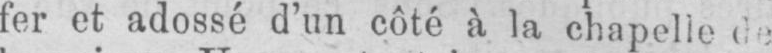
fer et adossé d’un côté à la chapelle de